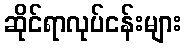
ဆိုင်ရာလုပ်ငန်းများ